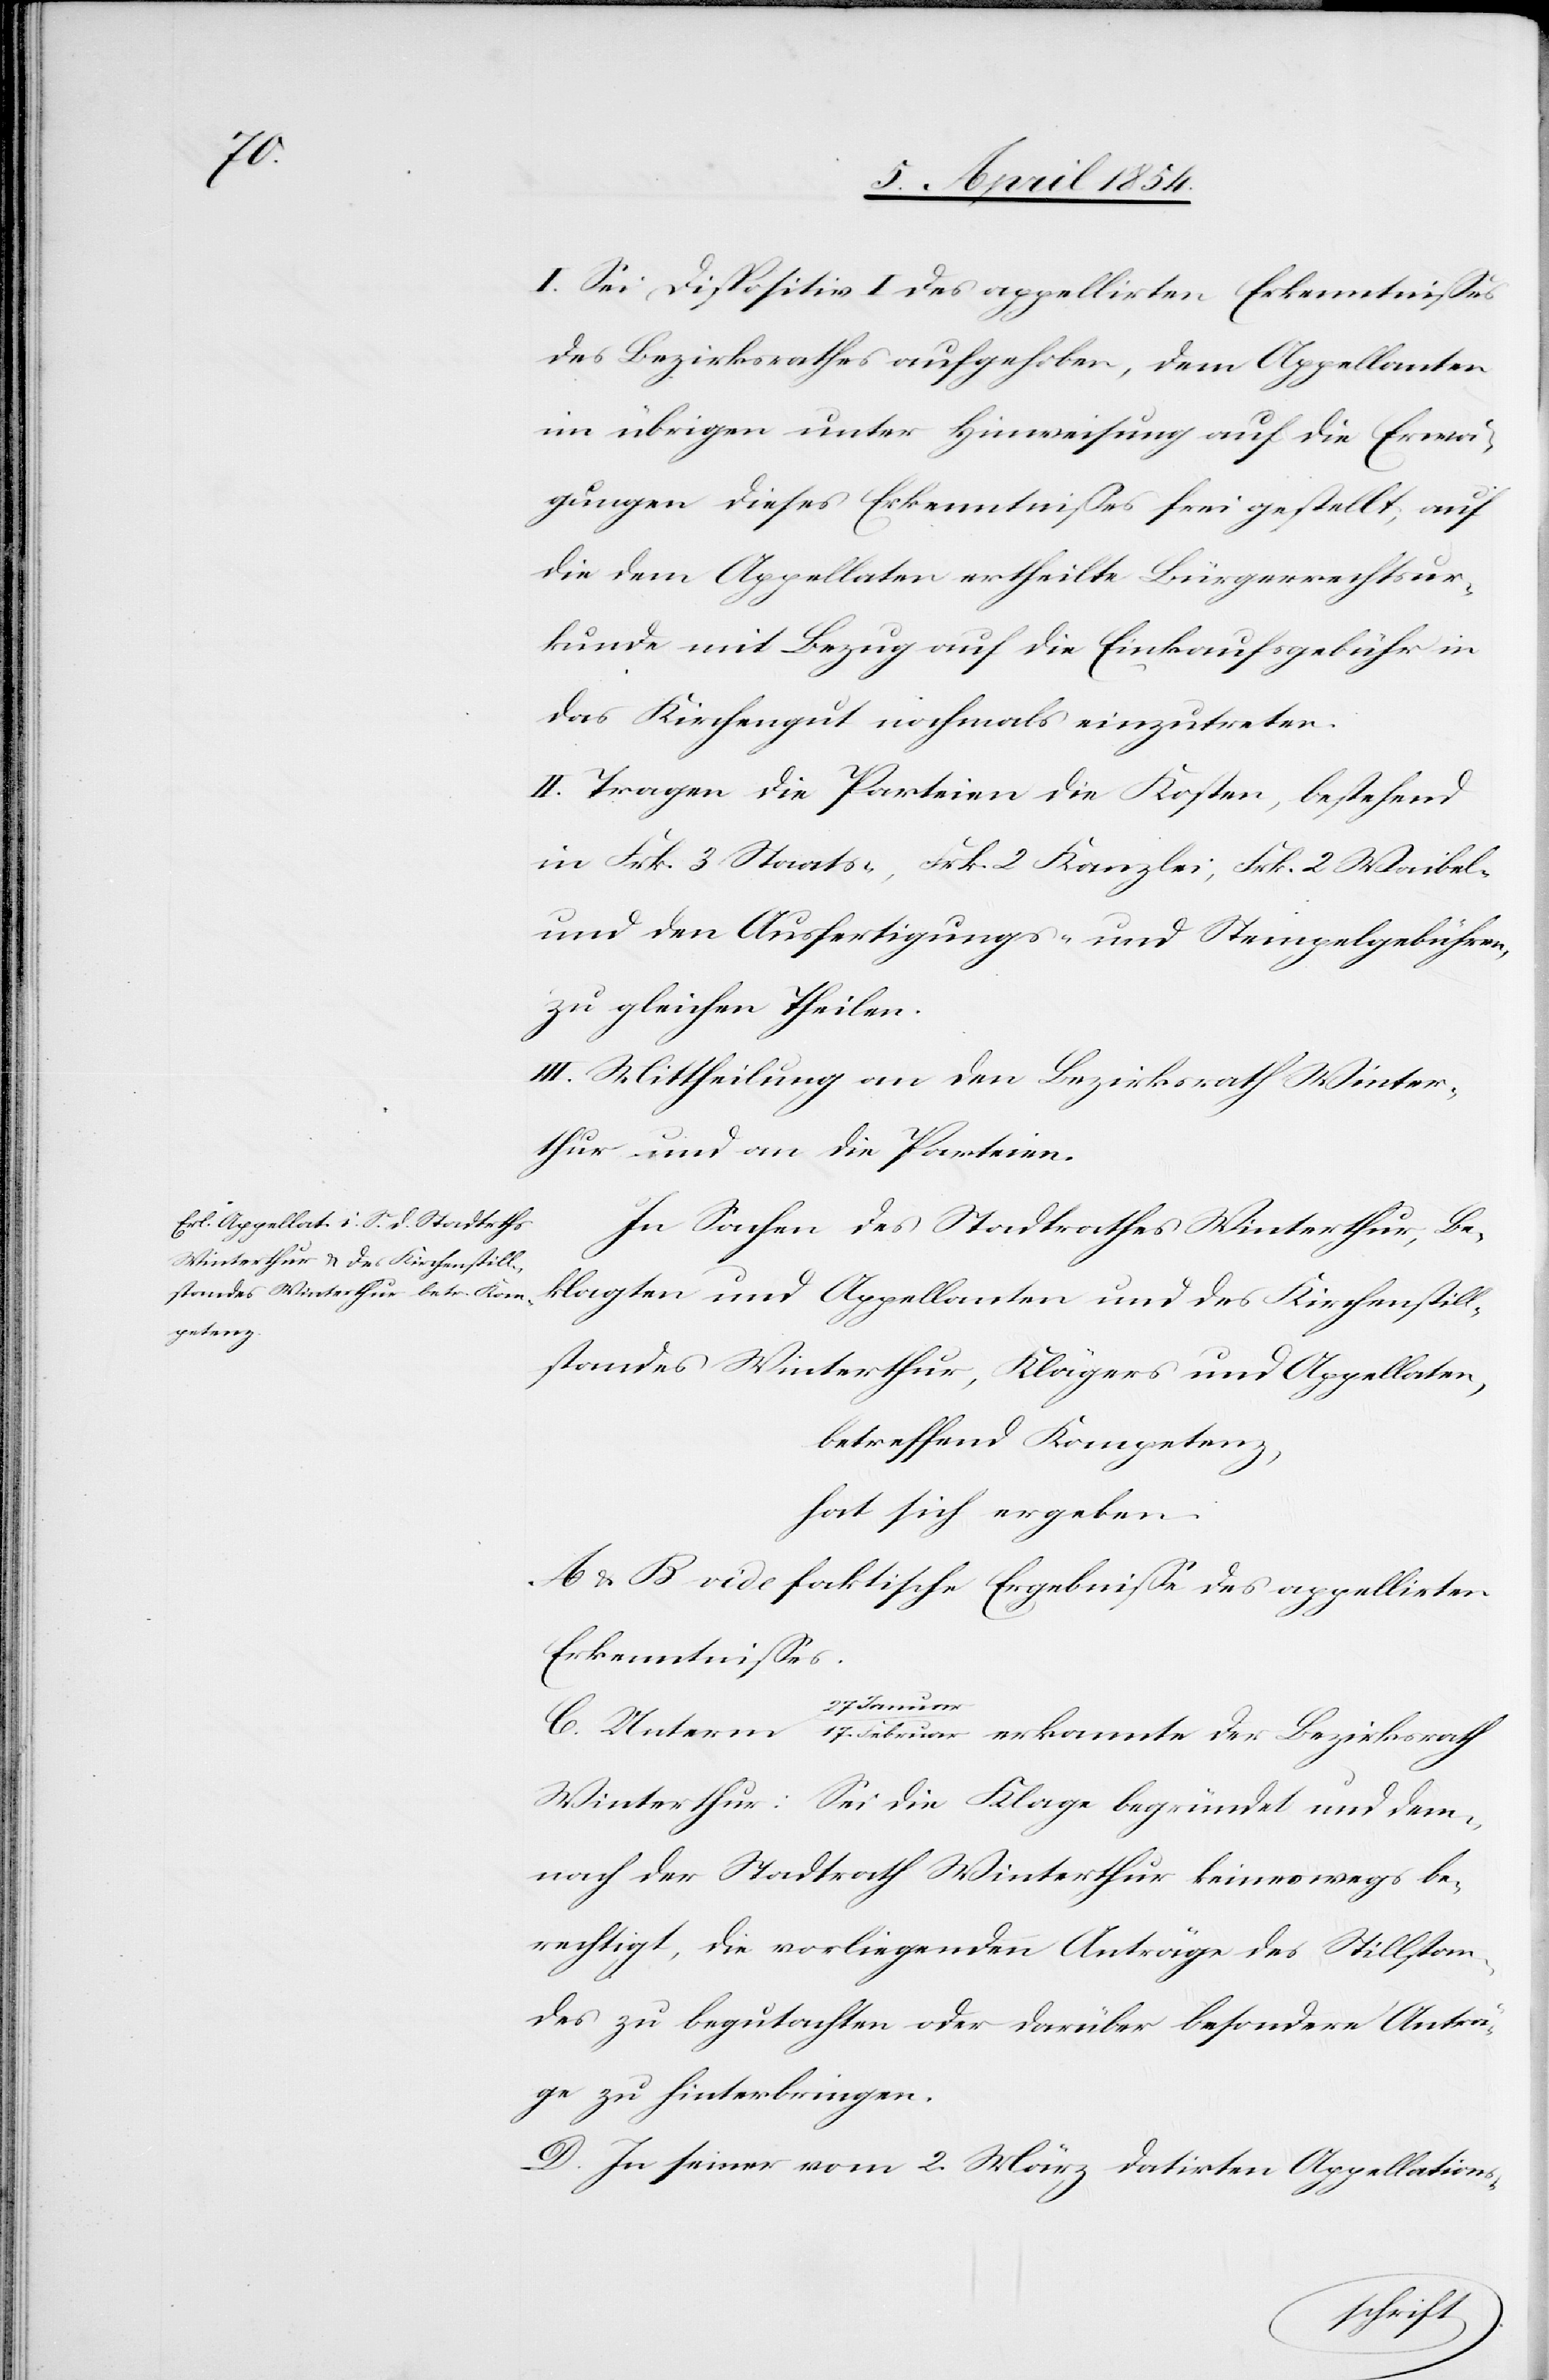
17.

I. Sei Dispositiv I des appellirten Erkenntnißes
des Bezirksrathes aufgehoben, dem Appellanten
im übrigen unter Hinweisung auf die Erwä¬
gungen dieses Erkenntnißes frei gestellt, auf
die dem Appellaten ertheilte Bürgerrechtsur¬
kunde mit Bezug auf die Einkaufsgebühr in
das Kirchengut nochmals einzutreten.
II. Tragen die Parteien die Kosten, bestehend
in Frk. 2 Staats-, Frk. 2 Kanzlei[-], Frk. 2 Waibel-
und den Ausfertigungs- und Stempelgebühren,
zu gleichen Theilen.
III. Mittheilung an den Bezirksrath Winter¬
thur und an die Parteien.
In Sachen des Stadtrathes Winterthur, Be¬
klagten und Appellanten und des Kirchenstill¬
standes Winterthur, Kläger und Appellaten,
betreffend Kompetenz,
hat sich ergeben:
A & B vide faktische Ergebniße des appellirten
Erkenntnißes.
erkannte
Winterthur: Sei die Klage begründet und dem¬
nach der Stadtrath Winterthur keineswegs be¬
rechtigt, die vorliegenden Anträge des Stillstan¬
des zu begutachten oder darüber besondere Anträ¬
ge zu hinterbringen.
D. In seiner vom 2. März datirten Appellations-